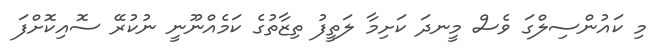
މި ކައުންސިލްގަ ވެސް މީނދަ ކަށިމާ ލަތީފު ތިޒާތުގެ ކަމެއްނޫނީ ނުކުރޭ ސޮއިކޮށްފަ